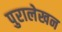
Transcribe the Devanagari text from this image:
पुरालेखन